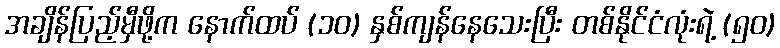
အချိန်ပြည့်မှီဖို့က နောက်ထပ် (၁၀) နှစ်ကျန်နေသေးပြီး တစ်နိုင်ငံလုံးရဲ့ (၅၀)